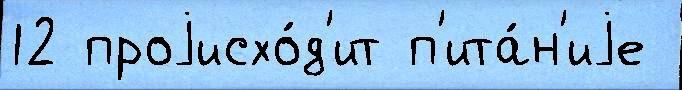
12 проjисхо́д'ит п'ита́н'иjе